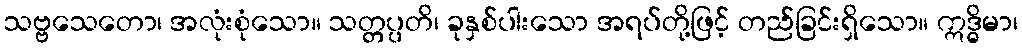
သဗ္ဗသေတော၊ အလုံးစုံသော။ သတ္တပ္ပတိ၊ ခုနှစ်ပါးသော အရပ်တို့ဖြင့် တည်ခြင်းရှိသော။ ဣဒ္ဓိမာ၊